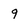
Character: 9